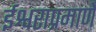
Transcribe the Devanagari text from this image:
ईश्वराप्रमाणे